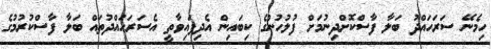
ހިމެނޭ ސަރަހައްދު ބަލާ ފާސްކޮށްދިނުމަށް ފުލުހުންގެ ކިބައިން އެދިފައިވާތީ އެސަރަހައްދުތައް ބަލާ ފާސްކުރުމުގެ